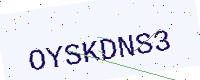
Text: OYSKDNS3